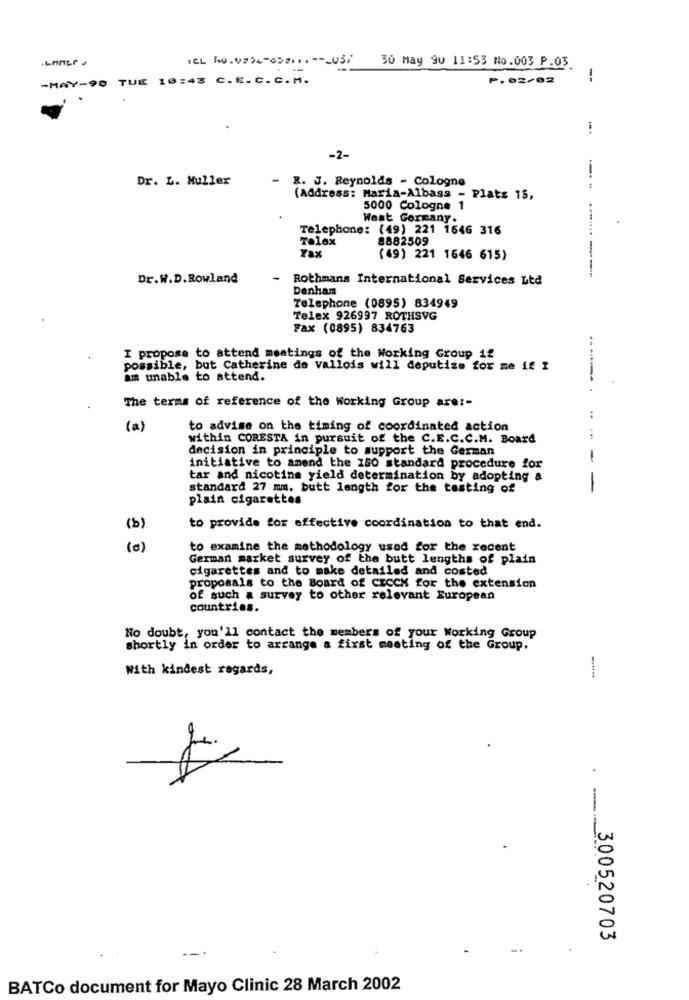
30 May 90 11:53 No.003 P.03.
-MAY-90 TUE 10:43 C.E.C.C.M.
P.02/02
--
-.
-2-
Dr. L. Muller
R. J. Reynolds - Cologne
(Address: Maria-Albass - Platz 15,
5000 Cologne 1
West Germany.
Telephone: (49) 221 1646 316
Talex
8882509
Yax
(49) 221 1646 615)
Dr.W.D. Rowland
Rothmans International Services Ltd
Denham
Telephone (0895) 834949
Telex 926997 ROTHSVG
Fax (0895) 834763
I propose to attend meetings of the Working Group 12
possible, but Catherine do vallois will deputize for me if I
am unable to attend.
The terms of reference of the Working Group are :-
(a)
to advise on the timing of coordinated action
within CORESTA in pursuit of the C.E.C.C.M. Board
decision in principle to support the German
-
initiative to amend the 150 standard procedure for
tar and nicotine yield determination by adopting a
standard 27 mm. butt length for the testing of
-
plain cigarettes
(b)
to provide for effective coordination to that end.
(0)
to examine the methodology used for the recent
German market survey of the butt lengths of plain
cigarettes and to make detailed and costed
proposals to the Board of CECCH for the extension
of such a survey to other relevant European
countries.
No doubt, you'll contact the members of your Working Group
shortly in order to arrange a first meeting of the Group,
With kindest regards,
.
-
300520703
BATCo document for Mayo Clinic 28 March 2002